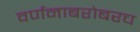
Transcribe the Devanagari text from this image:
वर्णनाबरोबरच